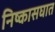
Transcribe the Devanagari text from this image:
निष्कासघात